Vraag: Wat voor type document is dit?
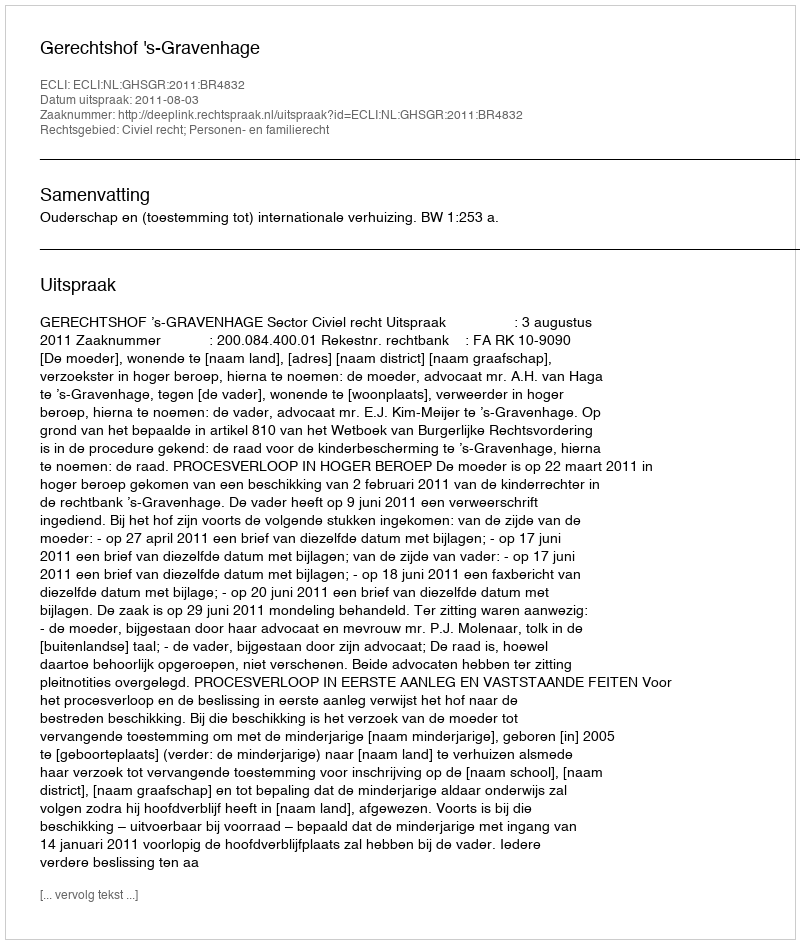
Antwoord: Uitspraak